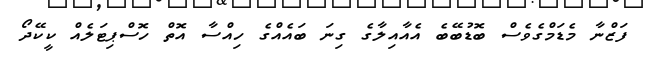
ފަޒްނާ މެޑަމްގެވެސް ބޮޑުބޭބެ އެއާއިލާގެ ގިނަ ބައެއްގެ ހިއްސާ އޮތް ހޮސްޕިޓަލެއް ކީކޭދޯ